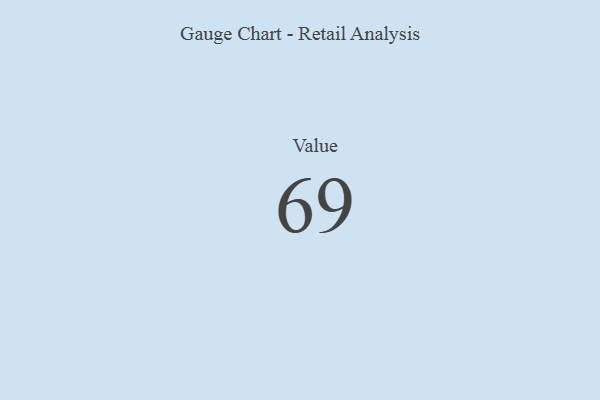
{"axis": {"x": "Metric", "y": "Value"}, "legend": [""], "data": [{"x": "Value", "y": 69, "type": ""}]}